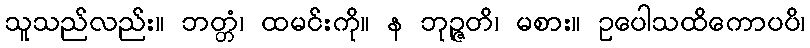
သူသည်လည်း။ ဘတ္တံ၊ ထမင်းကို။ န ဘုဉ္ဇတိ၊ မစား။ ဥပေါသထိကောပပိ၊